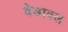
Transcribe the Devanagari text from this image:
वेडावल